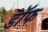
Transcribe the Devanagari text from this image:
डॉफ